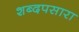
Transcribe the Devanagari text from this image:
शब्दपसारा